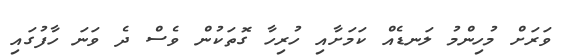
ވަރަށް މުހިންމު ލަނޑެއް ކަމަށާއި ހުރިހާ ގޮތަކުން ވެސް ދެ ވަނަ ހާފުގައި